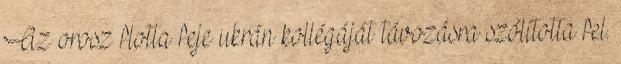
Az orosz flotta feje ukrán kollégáját távozásra szólította fel.